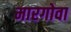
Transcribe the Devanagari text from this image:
मारगोवा